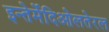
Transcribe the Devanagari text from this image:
इन्तेर्मेदिओलतेरल